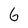
Character: 6